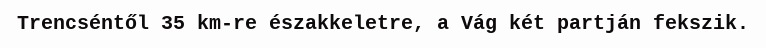
Trencséntől 35 km-re északkeletre, a Vág két partján fekszik.